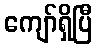
ကျော်ရှိပြီ